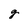
Character: g